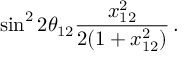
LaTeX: \sin ^ { 2 } 2 \theta _ { 1 2 } \frac { x _ { 1 2 } ^ { 2 } } { 2 ( 1 + x _ { 1 2 } ^ { 2 } ) } \, .